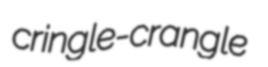
cringle-crangle